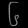
Digit: ၆